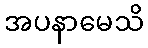
အပနာမေသိ